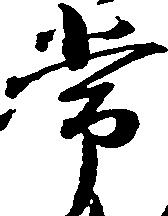
常